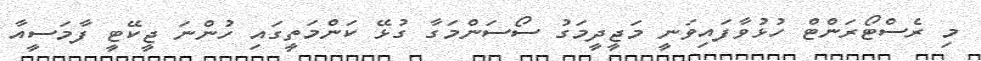
މި ރެސްޓޯރަންޓް ހުޅުވާފައިވަނީ މަޖީދީމަގު ސޯސަންމަގާ ގުޅޭ ކަންމަތީގައި ހުންނަ ޖީކޭޓީ ފާމަސީއާ